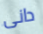
دانى